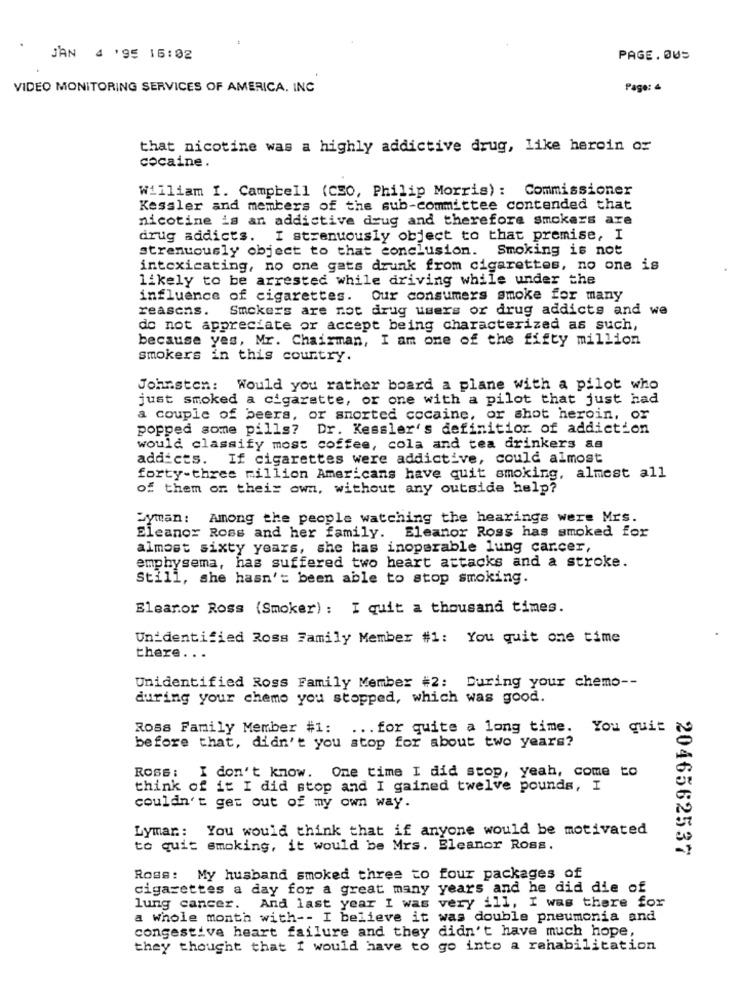
J'AN 4 195 16:02
PAGE.OUS
VIDEO MONITORING SERVICES OF AMERICA. INC
Page: 4
that nicotine was a highly addictive drug, like heroin or
cocaine.
William I. Campbell (CSO, Philip Morris) : Commissioner
Kessler and members of the sub-committee contended that
nicotine is an addictive drug and therefore smokers are
drug addicts. I strenuously object to that premise, I
strenuously object to that conclusion. Smoking is not
intoxicating, no one gats drunk from cigarettes, no one is
likely to be arrested while driving while under the
influence of cigarettes. Our consumers smoke for many
reasens.
Smokers are not drug users or drug addicts and we
do not appreciate or accept being characterized as such,
because yes, Mr. Chairman, I am one of the fifty million
smokers in this country.
Johnston: Would you rather board a plane with a pilot who
just smoked a cigarette, or one with a pilot that just had
a couple of beers, or snorted cocaine, or shot heroin, or
popped some pills? Dr. Kessler's definition of addiction
would classify most coffee, cola and tea drinkers as
addicts. If cigarettes were addictive, could almost
forty-three million Americans have quit smoking, almost all
of them or their own, without any outside help?
Syman: Among the people watching the hearings were Mrs.
Eleanor Ross and her family.
Eleanor Ross has smoked for
almost sixty years, she has inoperable lung carcer,
emphysema, has suffered two heart attacks and a stroke.
Still, she hasn't been able to stop smoking.
Eleanor Ross (Smoker) : I quit a thousand times.
Unidentified Ross Family Member #1: You quit one time
there ...
Unidentified Ross Family Member #2: During your chemo --
during your chemo you stopped, which was good.
Ross Family Member #1: ... for quite a long time. You quit
before that, didn't you stop for about two years?
Ross: I don't know. One time I did stop, yeah, come to
think of it I did stop and I gained twelve pounds, I
couldn't get out of my own way.
Lymar: You would think that if anyone would be motivated
to quit smoking, it would be Mrs. Eleanor Ross.
2046562537
Ross: My husband smoked three to four packages of
cigarettes a day for a great many years and he did die of
lung cancer. And last year I was very ill, I was there for
a Whole month with -- I believe it was double pneumonia and
congestive heart failure and they didn't have much hope,
they thought that I would have to go into a rehabilitation